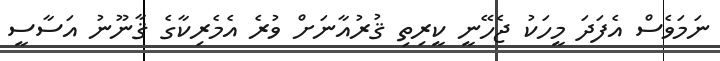
ނަމަވެސް އެފަދަ މީހަކު ޖެހޭނީ ކީރިތި ޤުރުއާނަށް ވުރެ އެމެރިކާގެ ޤާނޫނު އަސާސީ